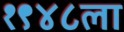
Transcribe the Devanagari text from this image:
१९४८ला